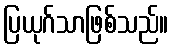
ပြယုဂ်သာဖြစ်သည်။